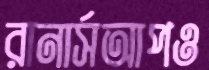
রানার্সআপও